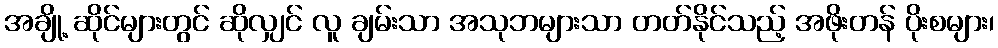
အချို့ ဆိုင်များတွင် ဆိုလျှင် လူ ချမ်းသာ အသုဘများသာ တတ်နိုင်သည့် အဖိုးတန် ပိုးစများ၊